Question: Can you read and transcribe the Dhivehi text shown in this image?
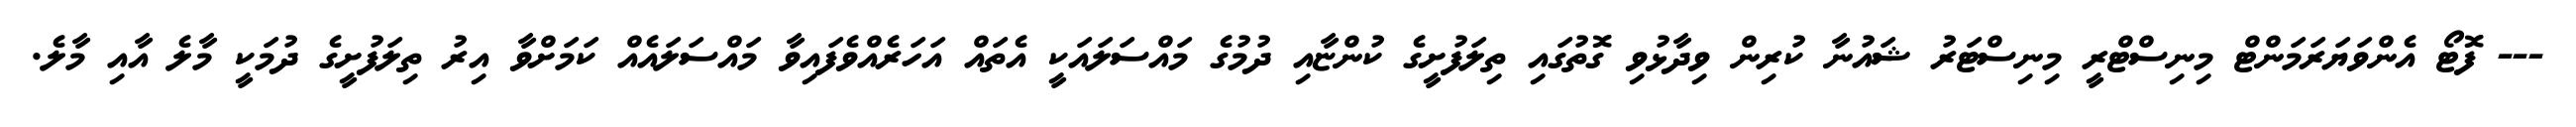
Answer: --- ފޮޓޯ އެންވަޔަރަމަންޓް މިނިސްޓްރީ މިނިސްޓަރު ޝައުނާ ކުރިން ވިދާޅުވި ގޮތުގައި ތިލަފުށީގެ ކުންޏާއި ދުމުގެ މައްސަލައަކީ އެތައް އަހަރެއްވެފައިވާ މައްސަލައެއް ކަމަށްވާ އިރު ތިލަފުށީގެ ދުމަކީ މާލެ އާއި މާލެ.